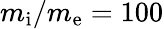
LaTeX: m_{\mathrm{i}}/m_{\mathrm{e}}=100